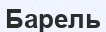
Барель